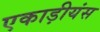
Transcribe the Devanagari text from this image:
एकाड़ीयंस